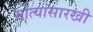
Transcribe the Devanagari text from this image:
मोत्यांसारखी